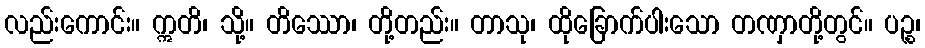
လည်းကောင်း။ ဣတိ၊ သို့။ တိဿော၊ တို့တည်း။ တာသု၊ ထိုခြောက်ပါးသော တဏှာတို့တွင်။ ပဉ္စ၊